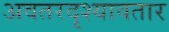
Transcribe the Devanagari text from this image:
अवतरदृश्यावतार